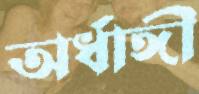
অর্ধাঙ্গী